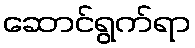
ဆောင်ရွက်ရာ